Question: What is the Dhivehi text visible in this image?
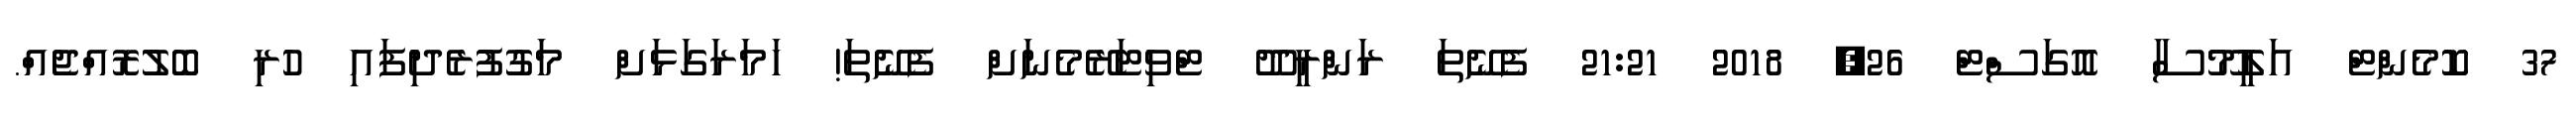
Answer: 37 ކޮމެންޓް އަލީމޫސާ އޮގަސްޓް 26, 2018 21:21 ފެނޭތަ ރަންރީދޫ ޓްވިޓަރޭމެނަށް ފެނޭތަ! ހަމަރަގަޅަށް މަގުފުރެދިފައި ހުރި ބޮލުރޮއްޖެއް.